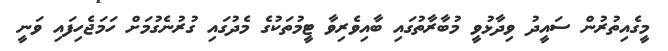
މީގެއިތުރުން ސައީދު ވިދާޅުވީ މުބާރާތުގައި ބާއިވެރިވާ ޓީމުތަކުގެ މެދުގައި ގުރުނެގުމަށް ހަމަޖެހިފައި ވަނީ